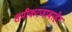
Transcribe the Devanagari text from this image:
समीकरणाबाहेर